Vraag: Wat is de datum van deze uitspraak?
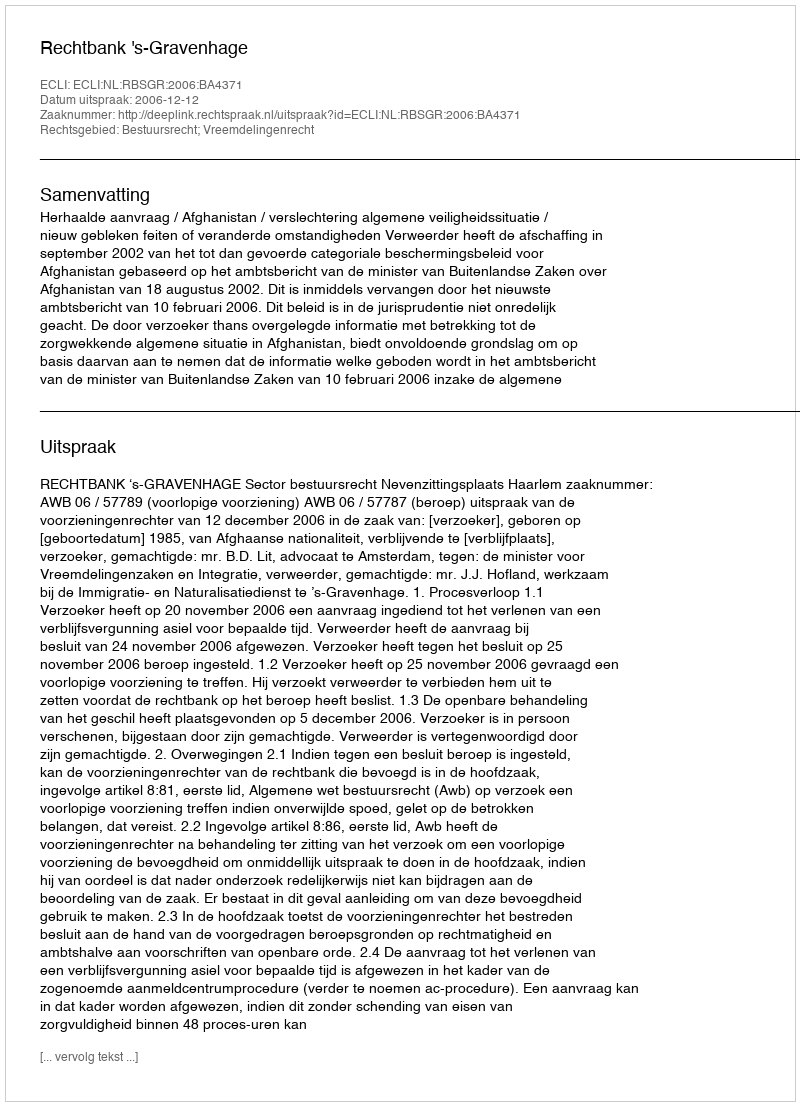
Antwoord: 2006-12-12